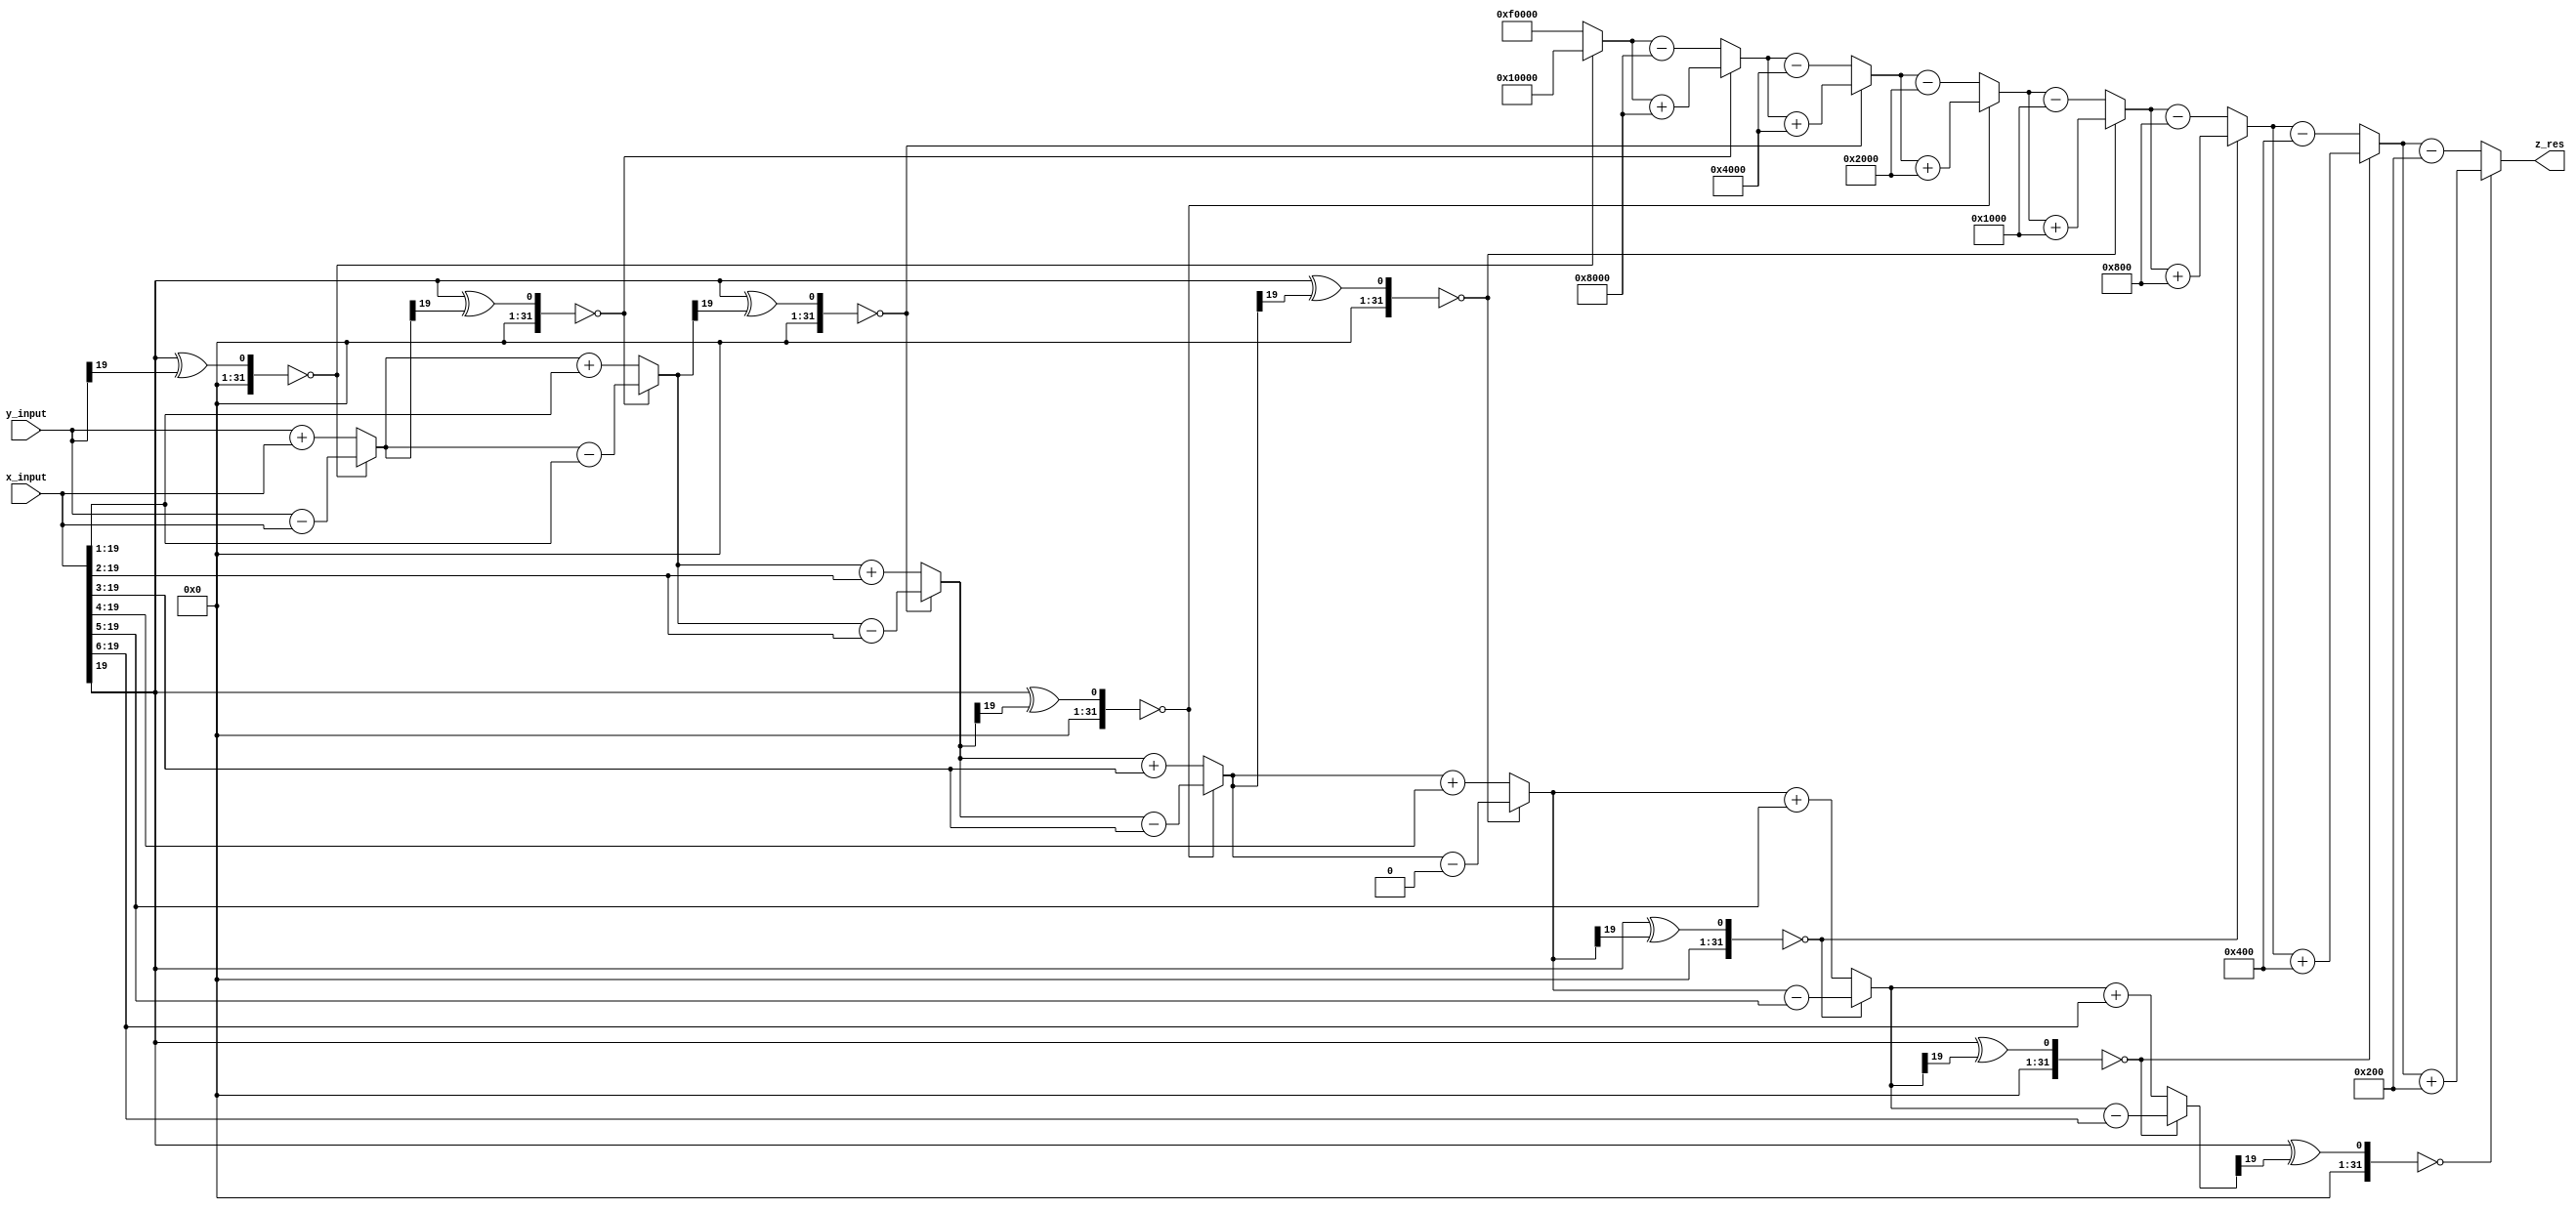
module cordic_division_comb(x_input,y_input,z_res);

// Apparently verilog does not support two dimensional arrays as ports (system verilog does)
// However, let us see if this works for simulation

// input clk,rst;  // Input clock and reset signals
 input signed [19:0] x_input;   // 20 bits to denote the x input(16 bits including MSB for the integer part and 4 bits for the fractional part)
 input signed [19:0] y_input;   // 20 bits to denote the y input (16 bits including MSB for the integer part and 4 bits for the fractional part)
 
 output reg signed [19:0] z_res; // 20 bits (4 for integer part and 16 for fractional part) 
 
// reg signed [19:0] x_input_clk ;  // to store the x input (4 bits for the integer part including MSB and 16 bits for the fractional part)
// reg signed [19:0] y_input_clk ;  // to store the y input (4 bits for the integer part including MSB and 16 bits for the fractional part)
 
 reg signed [19:0] x;        // to store the x results of each step (4 bits for the integer part including MSB and 16 bits for the fractional part)
 reg signed [19:0] y [9:0];  // to store the y results of each step (4 bits for the integer part including MSB and 16 bits for the fractional part)
 
 wire signed[19:0] look_up [8:0];       // to store look up values of arc tan using 20 bits (16 bits including MSB to denote the integer part and 4 bits to denote the fractional part)
 reg  signed[19:0] z[8:0];  // Array of 20 bit registers to store the rotated angle 
 reg  d[8:0]; // Array of 1 bit registers to denote the direction of rotation. 1/0 => Anticlockwise / Clockwise rotation 
 
 // In the look up table of (2^-i), 4 bits are used for integer and 16 bits are used for fractional part
 assign look_up[0] = 20'b00010000000000000000;   // 2 ^ (-0) = 1
 assign look_up[1] = 20'b00001000000000000000;   // 2 ^ (-1) = 0.5
 assign look_up[2] = 20'b00000100000000000000;   // 2 ^ (-2) = 0.25
 assign look_up[3] = 20'b00000010000000000000;   // 2 ^ (-3) = 0.125
 assign look_up[4] = 20'b00000001000000000000;   // 2 ^ (-4) = 0.0625
 assign look_up[5] = 20'b00000000100000000000;   // 2 ^ (-5) = 0.03125
 assign look_up[6] = 20'b00000000010000000000;   // 2 ^ (-6) = 0.015625
 assign look_up[7] = 20'b00000000001000000000;   // 2 ^ (-7) = 0.0078125
 assign look_up[8] = 20'b00000000000100000000;   // 2 ^ (-8) = 0.00390625
// assign look_up[9] = 00000000000010000000;   // 2 ^ (-9) = 0.001953125
 
// always@(posedge clk)
//  begin
//    if (rst == 0)
//      begin
//         x_input_clk     <= 20'b0;
//         y_input_clk     <= 20'b0;
//         z_res <= 20'b0; 
//      end  
//    else 
//      begin
//         x_input_clk <= x_input;
//         y_input_clk <= y_input;
//         z_res <= z[8][19:0]; 
//      end
//  end
 
 
 // Place them in a separate always block as they are fixed (This helps us avoid numerous RTL errors)
 always@(*)
   begin
      x    = x_input; // x[0] = 0.6072 (4 bits for the integer part and 10 bits for the fractional part)
      y[0] = y_input; // y[0] = 0.0000 (4 bits for the integer part and 10 bits for the fractional part)
      z[0] = 20'b0; 
      d[0] = ((x[19] ^ (y[0][19])) == 0) ? 0 : 1;  
   end
   
   
 always@(*)
   begin

//step 1     
     y[1] = (d[0] == 1) ? (y[0] + x) : (y[0]-x);
     z[1] = (d[0] == 1) ? (z[0] - look_up[0]) : (z[0]+look_up[0]);
     d[1] = ((x[19] ^ (y[1][19])) == 0) ? 0 : 1;
      
//step 2
     y[2] = (d[1] == 1) ? (y[1] + (x>>>1)) : (y[1]-(x>>>1));
     z[2] = (d[1] == 1) ? (z[1] - look_up[1]) : (z[1]+look_up[1]);
     d[2] = ((x[19] ^ (y[2][19])) == 0) ? 0 : 1; 
     
//step 3
     y[3] = (d[2] == 1) ? (y[2] + (x>>>2)) : (y[2]-(x>>>2));
     z[3] = (d[2] == 1) ? (z[2] - look_up[2]) : (z[2]+look_up[2]);
     d[3] = ((x[19] ^ (y[3][19])) == 0) ? 0 : 1;
     
//step 4
     y[4] = (d[3] == 1) ? (y[3] + (x>>>3)) : (y[3]-(x>>>3));
     z[4] = (d[3] == 1) ? (z[3] - look_up[3]) : (z[3]+look_up[3]);
     d[4] = ((x[19] ^ (y[4][19])) == 0) ? 0 : 1;
     
//step 5
     y[5] = (d[4] == 1) ? (y[4] + (x>>>4)) : (y[4]-(x[4]>>>4));
     z[5] = (d[4] == 1) ? (z[4] - look_up[4]) : (z[4]+look_up[4]);
     d[5] = ((x[19] ^ (y[5][19])) == 0) ? 0 : 1;
     
//step 6
     y[6] = (d[5] == 1) ? (y[5] + (x>>>5)) : (y[5]-(x>>>5));
     z[6] = (d[5] == 1) ? (z[5] - look_up[5]) : (z[5]+look_up[5]);
     d[6] = ((x[19] ^ (y[6][19])) == 0) ? 0 : 1;
     
//step 7
     y[7] = (d[6] == 1) ? (y[6] + (x>>>6)) : (y[6]-(x>>>6));
     z[7] = (d[6] == 1) ? (z[6] - look_up[6]) : (z[6]+look_up[6]);
     d[7] = ((x[19] ^ (y[7][19])) == 0) ? 0 : 1;
     
//step 8
     y[8] = (d[7] == 1) ? (y[7] + (x>>>7)) : (y[7]-(x>>>7));
     z[8] = (d[7] == 1) ? (z[7] - look_up[7]) : (z[7]+look_up[7]);
     d[8] = ((x[19] ^ (y[8][19])) == 0) ? 0 : 1;
     
//step 9
     y[9] = (d[8] == 1) ? (y[8] + (x>>>8)) : (y[8]-(x>>>8));
     z[9] = (d[8] == 1) ? (z[8] - look_up[8]) : (z[8]+look_up[8]);
     d[9] = ((x[19] ^ (y[9][19])) == 0) ? 0 : 1;
    
    z_res = z[8];   
end

endmodule